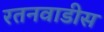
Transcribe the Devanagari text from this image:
रतनवाडीस